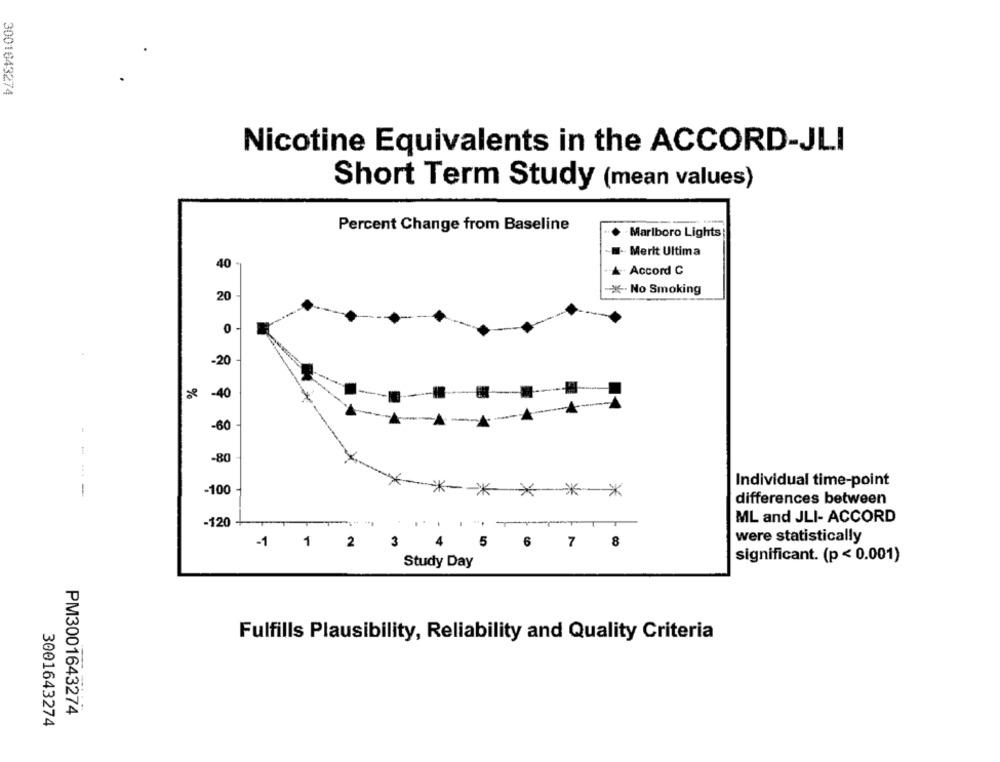
3001643274
Nicotine Equivalents in the ACCORD-JLI
Short Term Study (mean values)
Percent Change from Baseline
Marlboro Lights
I- Merit Ultima
40
A. Accord C
* No Smoking
20
0
-20
-40
%
-60
-80
Individual time-point
-
-100-
*****
differences between
ML and JLI- ACCORD
-120 +
were statistically
-1 1 2
3
5
6 7 8
significant. (p < 0.001)
Study Day
Fulfills Plausibility, Reliability and Quality Criteria
PM3001643274
3001643274